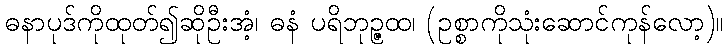
ဓနာပုဒ်ကိုထုတ်၍ဆိုဦးအံ့၊ ဓနံ ပရိဘုဉ္ဇထ၊ (ဥစ္စာကိုသုံးဆောင်ကုန်လော့)။